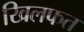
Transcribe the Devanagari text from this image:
खिलफत